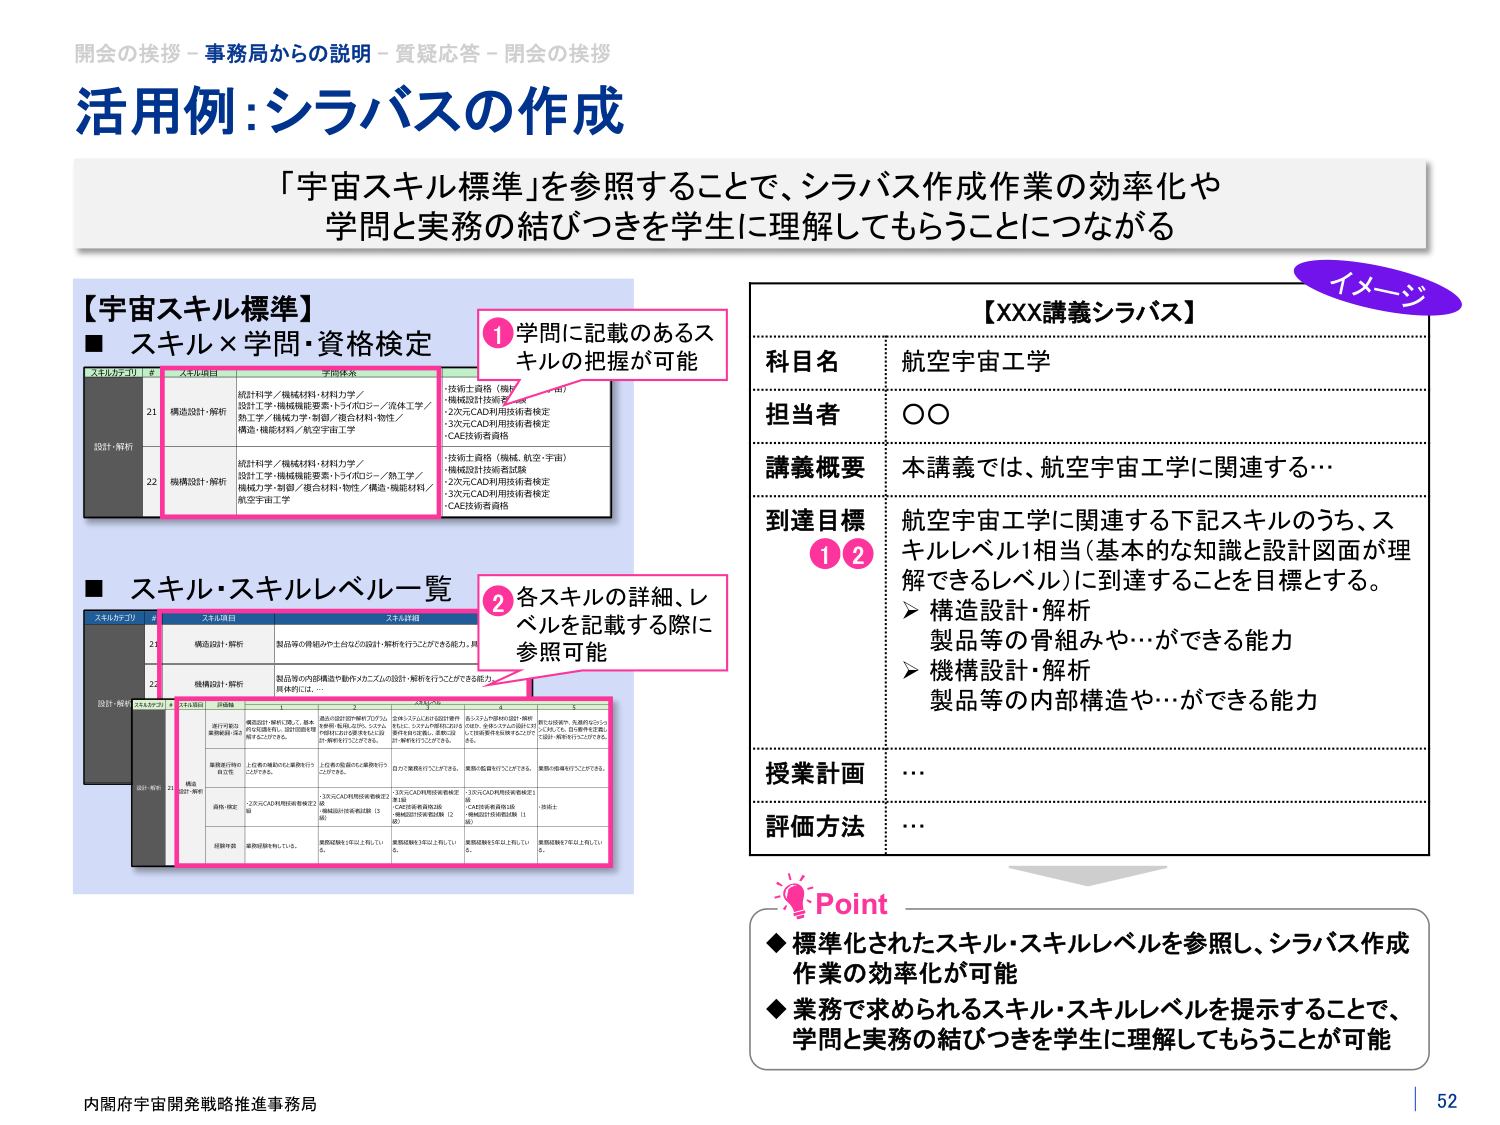
開会の挨拶－事務局からの説明－質疑応答－閉会の挨拶
活用例：シラバスの作成
「宇宙スキル標準」を参照することで、シラバス作成作業の効率化や
学問と実務の結びつきを学生に理解してもらうことにつながる

【宇宙スキル標準】
■ スキル×学問・資格検定
スキルカテゴリ # スキル項目 子問体系
設計・解析
21 構造設計・解析
統計科学／機械材料・材料力学／
設計工学・機械機能要素・トライボロジー／流体工学／
熱工学／機械力学・制御／複合材料・物性／
構造・機能材料／航空宇宙工学
・技術士資格（機械、航空・宇宙）
・機械設計技術者試験
・2次元CAD利用技術者検定
・3次元CAD利用技術者検定
・CAE技術者資格
22 機構設計・解析
統計科学／機械材料・材料力学／
設計工学・機械機能要素・トライボロジー／熱工学／
機械力学・制御／複合材料・物性／構造・機能材料／
航空宇宙工学
・技術士資格（機械、航空・宇宙）
・機械設計技術者試験
・2次元CAD利用技術者検定
・3次元CAD利用技術者検定
・CAE技術者資格

■ スキル・スキルレベル一覧
スキルカテゴリ # スキル項目 スキル詳細
設計・解析
21 構造設計・解析 製品等の骨組みや土台などの設計・解析を行うことができる能力。具
22 機構設計・解析 製品等の内部構造や動作メカニズムの設計・解析を行うことができる能力。具
スキルレベル
スキル項目 1 2 3 4 5
構造設計・解析
設計図面の
要領理解・活用
構造設計・解析に関し、基本
的な知識や、設計図面を理
解することができる。
構造設計図や解析プログラム
を参照・転記したり、システム
内容を設計図で表現するには
計・解析を行うことができる。
立体モデルや設計図面を
参考にし、システムの構成および
特性を設計図面、基本の設
計・解析を行うことができる。
各システムの設計図面・解析
の結果、参考にすると同時に、
システムの構成や性能を評価す
る。
設計図面や、先進的なシミュ
レーション、計測等を活用し、
設計・解析を行うことができる。
量産進行時の
設計変更
上位者の補助のもと業務を行
うことができる。
上位者の指導のもと業務を行
うことができる。
自力で業務を行うことができる。
業務の監督を行うことができる。
業務の指導を行うことができる。
具体・検定
・2次元CAD利用技術者検定2
級
・機械設計技術者試験（3
級）
・3次元CAD利用技術者検定2
級（CAE技術者資格2級）
・機械設計技術者試験（2
級）
・3次元CAD利用技術者検定1
級（CAE技術者資格1級）
・機械設計技術者試験（1
級）
・技術士
経験年数
業務経験を1年以上有してい
る。
業務経験を3年以上有してい
る。
業務経験を5年以上有してい
る。
業務経験を7年以上有してい
る。

【XXX講義シラバス】
科目名 航空宇宙工学
担当者 ○○
講義概要 本講義では、航空宇宙工学に関連する…
到達目標 航空宇宙工学に関連する下記スキルのうち、ス
キルレベル1相当（基本的な知識と設計図面が理
解できるレベル）に到達することを目標とする。
➤ 構造設計・解析
製品等の骨組みや…ができる能力
➤ 機構設計・解析
製品等の内部構造や…ができる能力
授業計画 …
評価方法 …

Point
◆ 標準化されたスキル・スキルレベルを参照し、シラバス作成
作業の効率化が可能
◆ 業務で求められるスキル・スキルレベルを提示することで、
学問と実務の結びつきを学生に理解してもらうことが可能

内閣府宇宙開発戦略推進事務局
52

イメージ
① 学問に記載のあるス
キルの把握が可能
② 各スキルの詳細、レ
ベルを記載する際に
参照可能